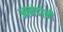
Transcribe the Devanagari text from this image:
आनंदांनी